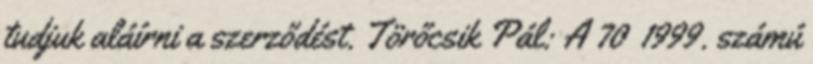
tudjuk aláírni a szerződést. Törőcsik Pál: A 70 1999. számú